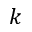
k